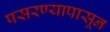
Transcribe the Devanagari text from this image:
पसरण्यापासून